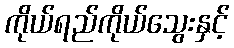
ကိုယ်ရည်ကိုယ်သွေးနှင့်